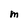
Character: M